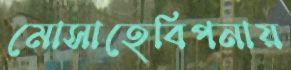
মোসাহেবিপনায়